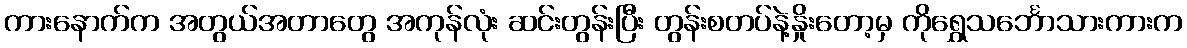
ကားနောက်က အတွယ်အတာတွေ အကုန်လုံး ဆင်းတွန်းပြီး တွန်းစတပ်နဲ့နှိုးတော့မှ ကိုရွှေသင်္ဘောသားကားက